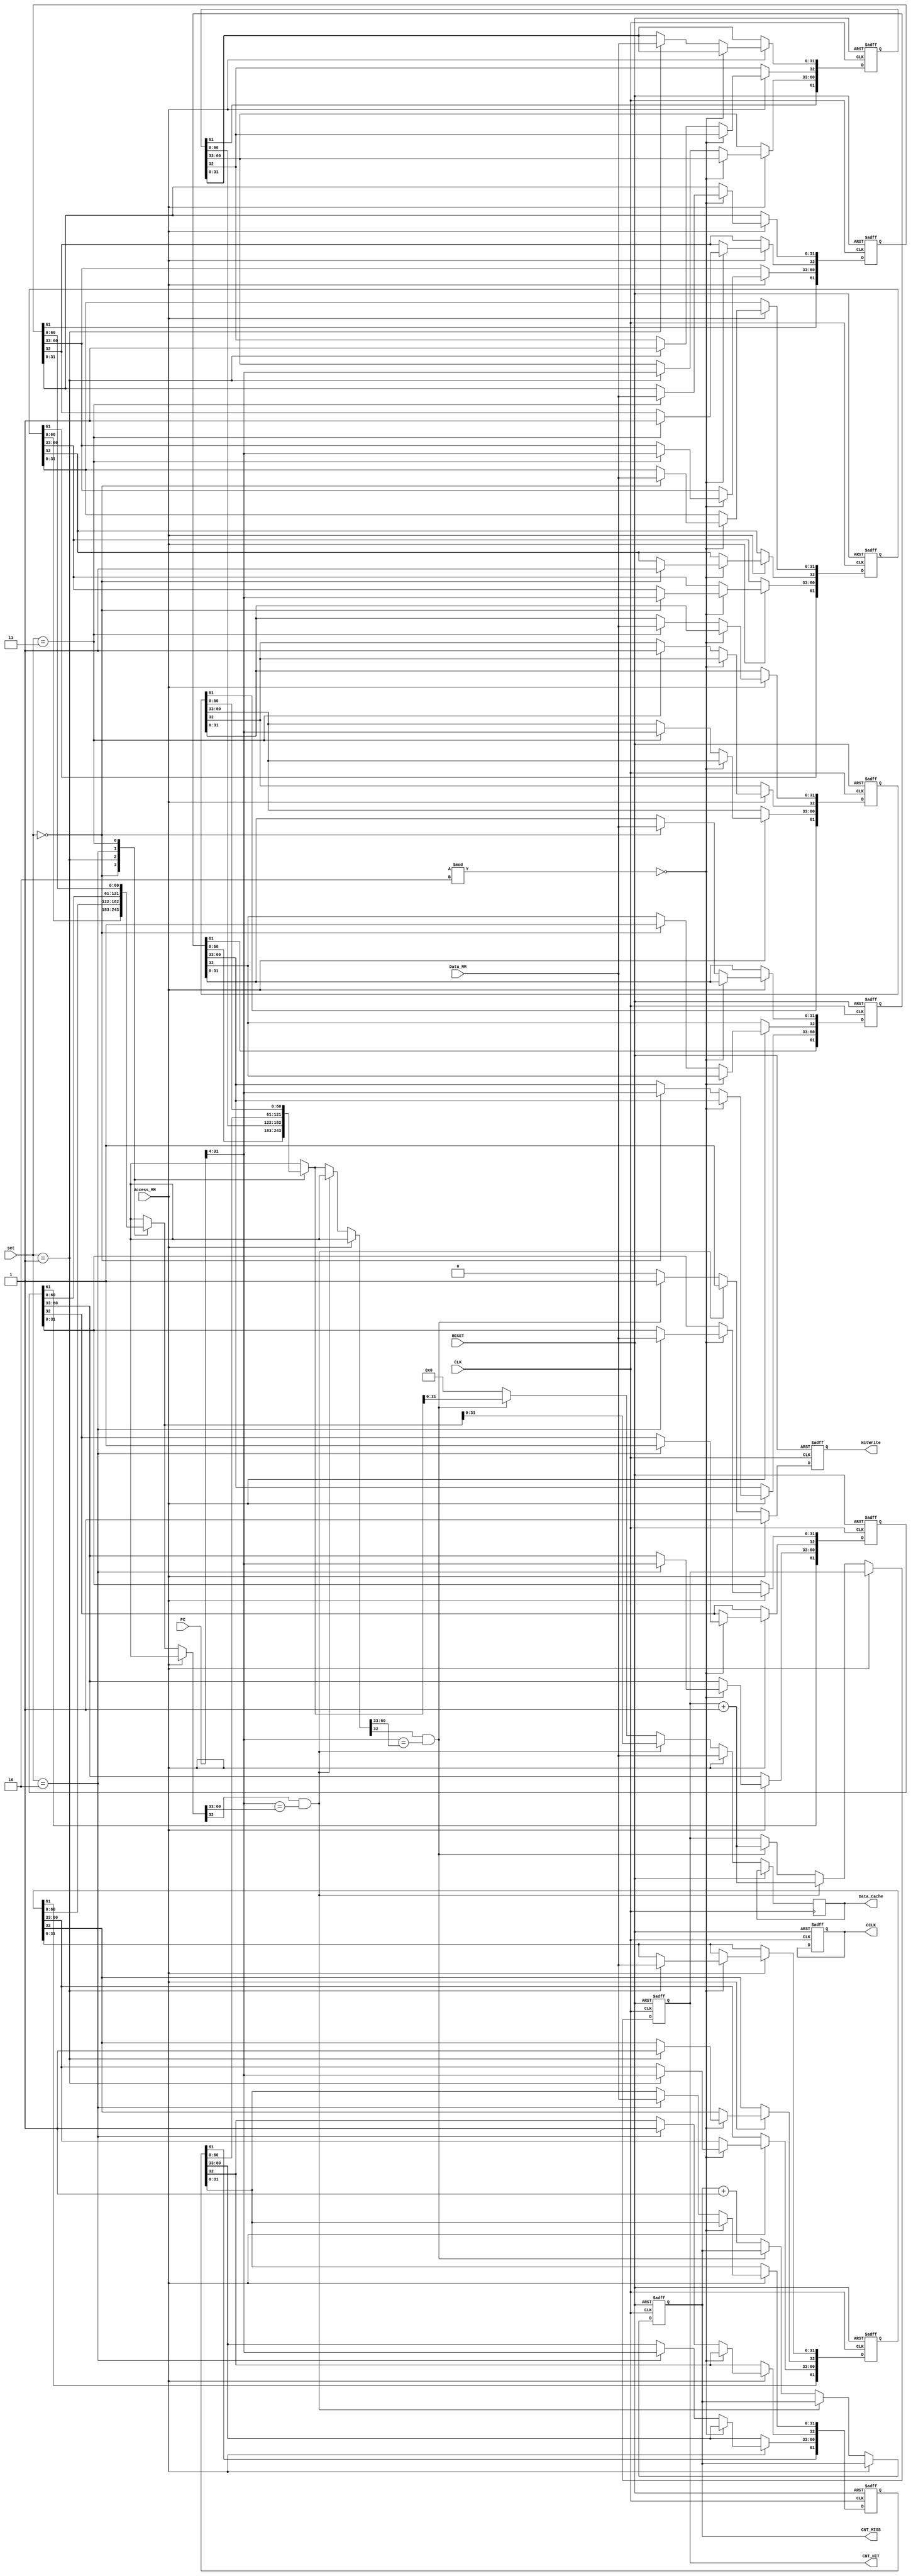
module Cache_2way_Random(CLK, RESET, PC, set, Access_MM, Data_MM, HitWrite, Data_Cache, CNT_HIT, CNT_MISS, CCLK);
    input CLK;
    input RESET;
    input [31:0] PC;
//----------------------------------------
	input [1:0] set; //size8
	//input [2:0] set; //size16
	//input [3:0] set; //size32
//----------------------------------------
    input Access_MM;
    input [31:0] Data_MM;
    output reg HitWrite;
    output reg [31:0] Data_Cache;
    output reg [19:0] CNT_HIT, CNT_MISS;
	output reg CCLK;
//----------------------------------------
	//size8
        reg [61:0] cache1 [3:0]; 
        reg [61:0] cache2 [3:0];
	//size16
        //reg [61:0] cache1 [7:0]; 
        //reg [61:0] cache2 [7:0];
	//size32
        //reg [61:0] cache1 [15:0]; 
        //reg [61:0] cache2 [15:0];
//----------------------------------------
    //Data: [31:0], Valid: [32], Tag: [60:33], Recent: [61]
    
    integer random;

    always@(posedge CLK or posedge RESET) begin
        if (RESET) begin
//size8
                        cache1[0] <= 62'd0;
                        cache1[1] <= 62'd0;
                        cache1[2] <= 62'd0;
                        cache1[3] <= 62'd0;
                        cache2[0] <= 62'd0;
                        cache2[1] <= 62'd0;
                        cache2[2] <= 62'd0;
                        cache2[3] <= 62'd0;
//size16
/*
                        cache1[4] <= 62'd0;
                        cache1[5] <= 62'd0;
                        cache1[6] <= 62'd0;
                        cache1[7] <= 62'd0;
                        cache2[4] <= 62'd0;
                        cache2[5] <= 62'd0;
                        cache2[6] <= 62'd0;
                        cache2[7] <= 62'd0;
*/
//size32
/*
                        cache1[8] <= 62'd0;
                        cache1[9] <= 62'd0;
                        cache1[10] <= 62'd0;
                        cache1[11] <= 62'd0;
                        cache2[8] <= 62'd0;
                        cache2[9] <= 62'd0;
                        cache2[10] <= 62'd0;
                        cache2[11] <= 62'd0;
                        cache1[12] <= 62'd0;
                        cache1[13] <= 62'd0;
                        cache1[14] <= 62'd0;
                        cache1[15] <= 62'd0;
                        cache2[12] <= 62'd0;
                        cache2[13] <= 62'd0;
                        cache2[14] <= 62'd0;
                        cache2[15] <= 62'd0;
*/
            CNT_HIT <= 20'd0;
            CNT_MISS <= 20'd0;
            HitWrite <= 1'b1;
	CCLK <= 1'b0;  
        end
        else begin
        if(Access_MM) begin
            random = $urandom % 2; // Generate random number, 0 or 1

            if(random == 0) begin // Replace Cache1 
                    cache1[set][32] <= 1'b1; //Valid     
                    cache1[set][31:0] <= Data_MM;
//----------------------------------------------------------------------------------------
		//Size8
                cache1[set][60:33] <= PC[31:4]; //Tag
		//Size16
                //cache1[set][60:33] <= PC[31:5]; //Tag
		//Size32
                //cache1[set][60:33] <= PC[31:6]; //Tag
//----------------------------------------------------------------------------------------
                    Data_Cache <= Data_MM;
                    HitWrite <= 1'b1;                                                     
            end
            else begin // Replace Cache2 
                    cache2[set][32] <= 1'b1; //Valid     
                    cache2[set][31:0] <= Data_MM;
//----------------------------------------------------------------------------------------
		//Size8
                cache2[set][60:33] <= PC[31:4]; //Tag
		//Size16
                //cache2[set][60:33] <= PC[31:5]; //Tag					
		//Size32
                //cache2[set][60:33] <= PC[31:6]; //Tag
//---------------------------------------------------------------------------------------- 
                    Data_Cache <= Data_MM;
                    HitWrite <= 1'b1;         
            end
        end

        else if(!Access_MM) begin
//----------------------------------------------------------------------------------------
		//Size8
		if(cache1[set][32] == 1'b1 && PC[31:4] == cache1[set][60:33]) begin
		//Size16
		//if(cache1[set][32] == 1'b1 && PC[31:5] == cache1[set][60:33]) begin
		//Size32
		//if(cache1[set][32] == 1'b1 && PC[31:6] == cache1[set][60:33]) begin
//----------------------------------------------------------------------------------------
                HitWrite <= 1'b1;
                Data_Cache <= cache1[set][31:0];
                CNT_HIT <= CNT_HIT + 1;
                end
//----------------------------------------------------------------------------------------
		//Size8
		else if(cache2[set][32] == 1'b1 && PC[31:4] == cache2[set][60:33]) begin
		//Size16
		//else if(cache2[set][32] == 1'b1 && PC[31:5] == cache2[set][60:33]) begin
		//Size32
		//else if(cache2[set][32] == 1'b1 && PC[31:6] == cache2[set][60:33]) begin
//----------------------------------------------------------------------------------------
                HitWrite <= 1'b1;
                Data_Cache <= cache2[set][31:0];
                CNT_HIT <= CNT_HIT + 1;
                end
            else begin
                HitWrite <= 1'b0;
                CNT_MISS <= CNT_MISS + 1;
                Data_Cache <= 32'd0;
                end  
            end
        end
    end
always@(CLK) begin CCLK <= (!CCLK); end
endmodule